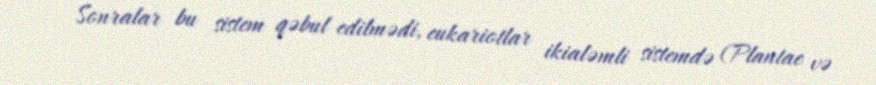
Sonralar bu sistem qəbul edilmədi, eukariotlar ikialəmli sistemdə (Plantae və